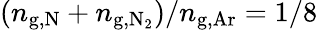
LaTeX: (n_{\mathrm{g,N}}+n_{\mathrm{g,N_{2}}})/n_{\mathrm{g,Ar}}=1/8